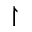
\upharpoonright